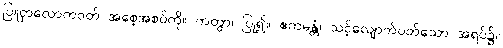
ပြူငှာလောကဝတ် အစေ့အစပ်ကို။ ကတွာ၊ ပြု၍။ ဧကမန္တံ၊ သင့်လျောက်ပတ်သော အရပ်၌။